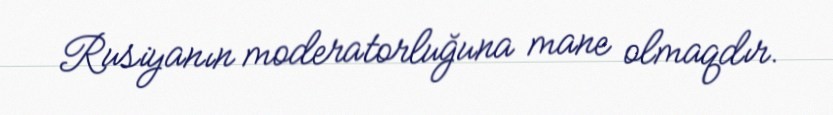
Rusiyanın moderatorluğuna mane olmaqdır.